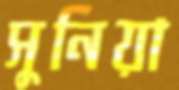
সুনিয়া